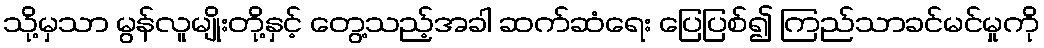
သို့မှသာ မွန်လူမျိုးတို့နှင့် တွေ့သည့်အခါ ဆက်ဆံရေး ပြေပြစ်၍ ကြည်သာခင်မင်မှုကို